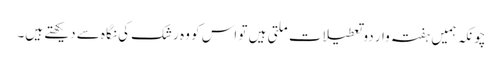
چونکہ ہمیں ہفتہ وار دو تعطیلات ملتی ہیں تو اس کو وہ رشک کی نگاہ سے دیکھتے ہیں۔